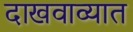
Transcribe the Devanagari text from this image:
दाखवाव्यात